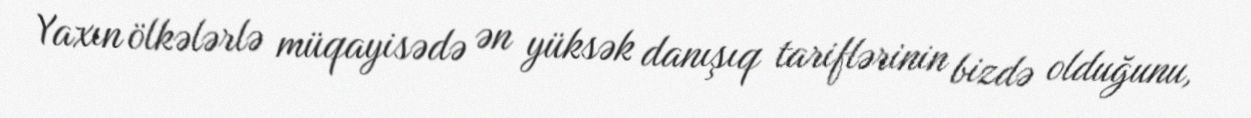
Yaxın ölkələrlə müqayisədə ən yüksək danışıq tariflərinin bizdə olduğunu,